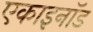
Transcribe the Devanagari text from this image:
एकाइनॉड